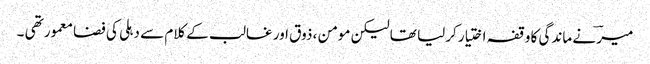
میرؔ نے ماندگی کا وقفہ اختیار کرلیا تھا لیکن مومن ، ذوق اور غالب کے کلام سے دہلی کی فضا معمور تھی ۔